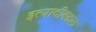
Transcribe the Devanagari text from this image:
इत्यादीबद्दल